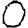
Digit: 0